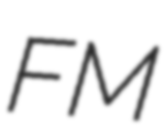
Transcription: FM